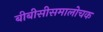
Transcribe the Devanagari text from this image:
बीबीसीसमालोचक